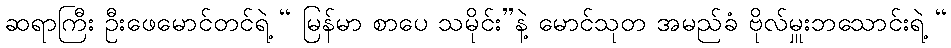
ဆရာကြီး ဦးဖေမောင်တင်ရဲ့ “ မြန်မာ စာပေ သမိုင်း”နဲ့ မောင်သုတ အမည်ခံ ဗိုလ်မှူးဘသောင်းရဲ့ “